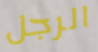
الرجل